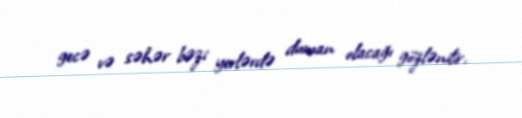
gecə və səhər bəzi yerlərdə duman olacağı gözlənilir.